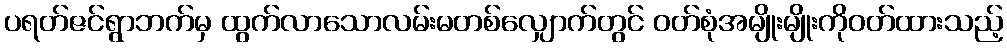
ပရတ်ဇင်ရွာဘက်မှ ထွက်လာသောလမ်းမတစ်လျှောက်တွင် ဝတ်စုံအမျိုးမျိုးကိုဝတ်ထားသည့်